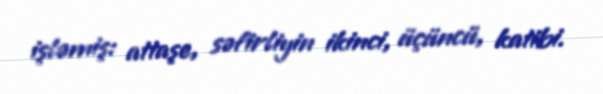
işləmiş: attaşe, səfirliyin ikinci, üçüncü, katibi.